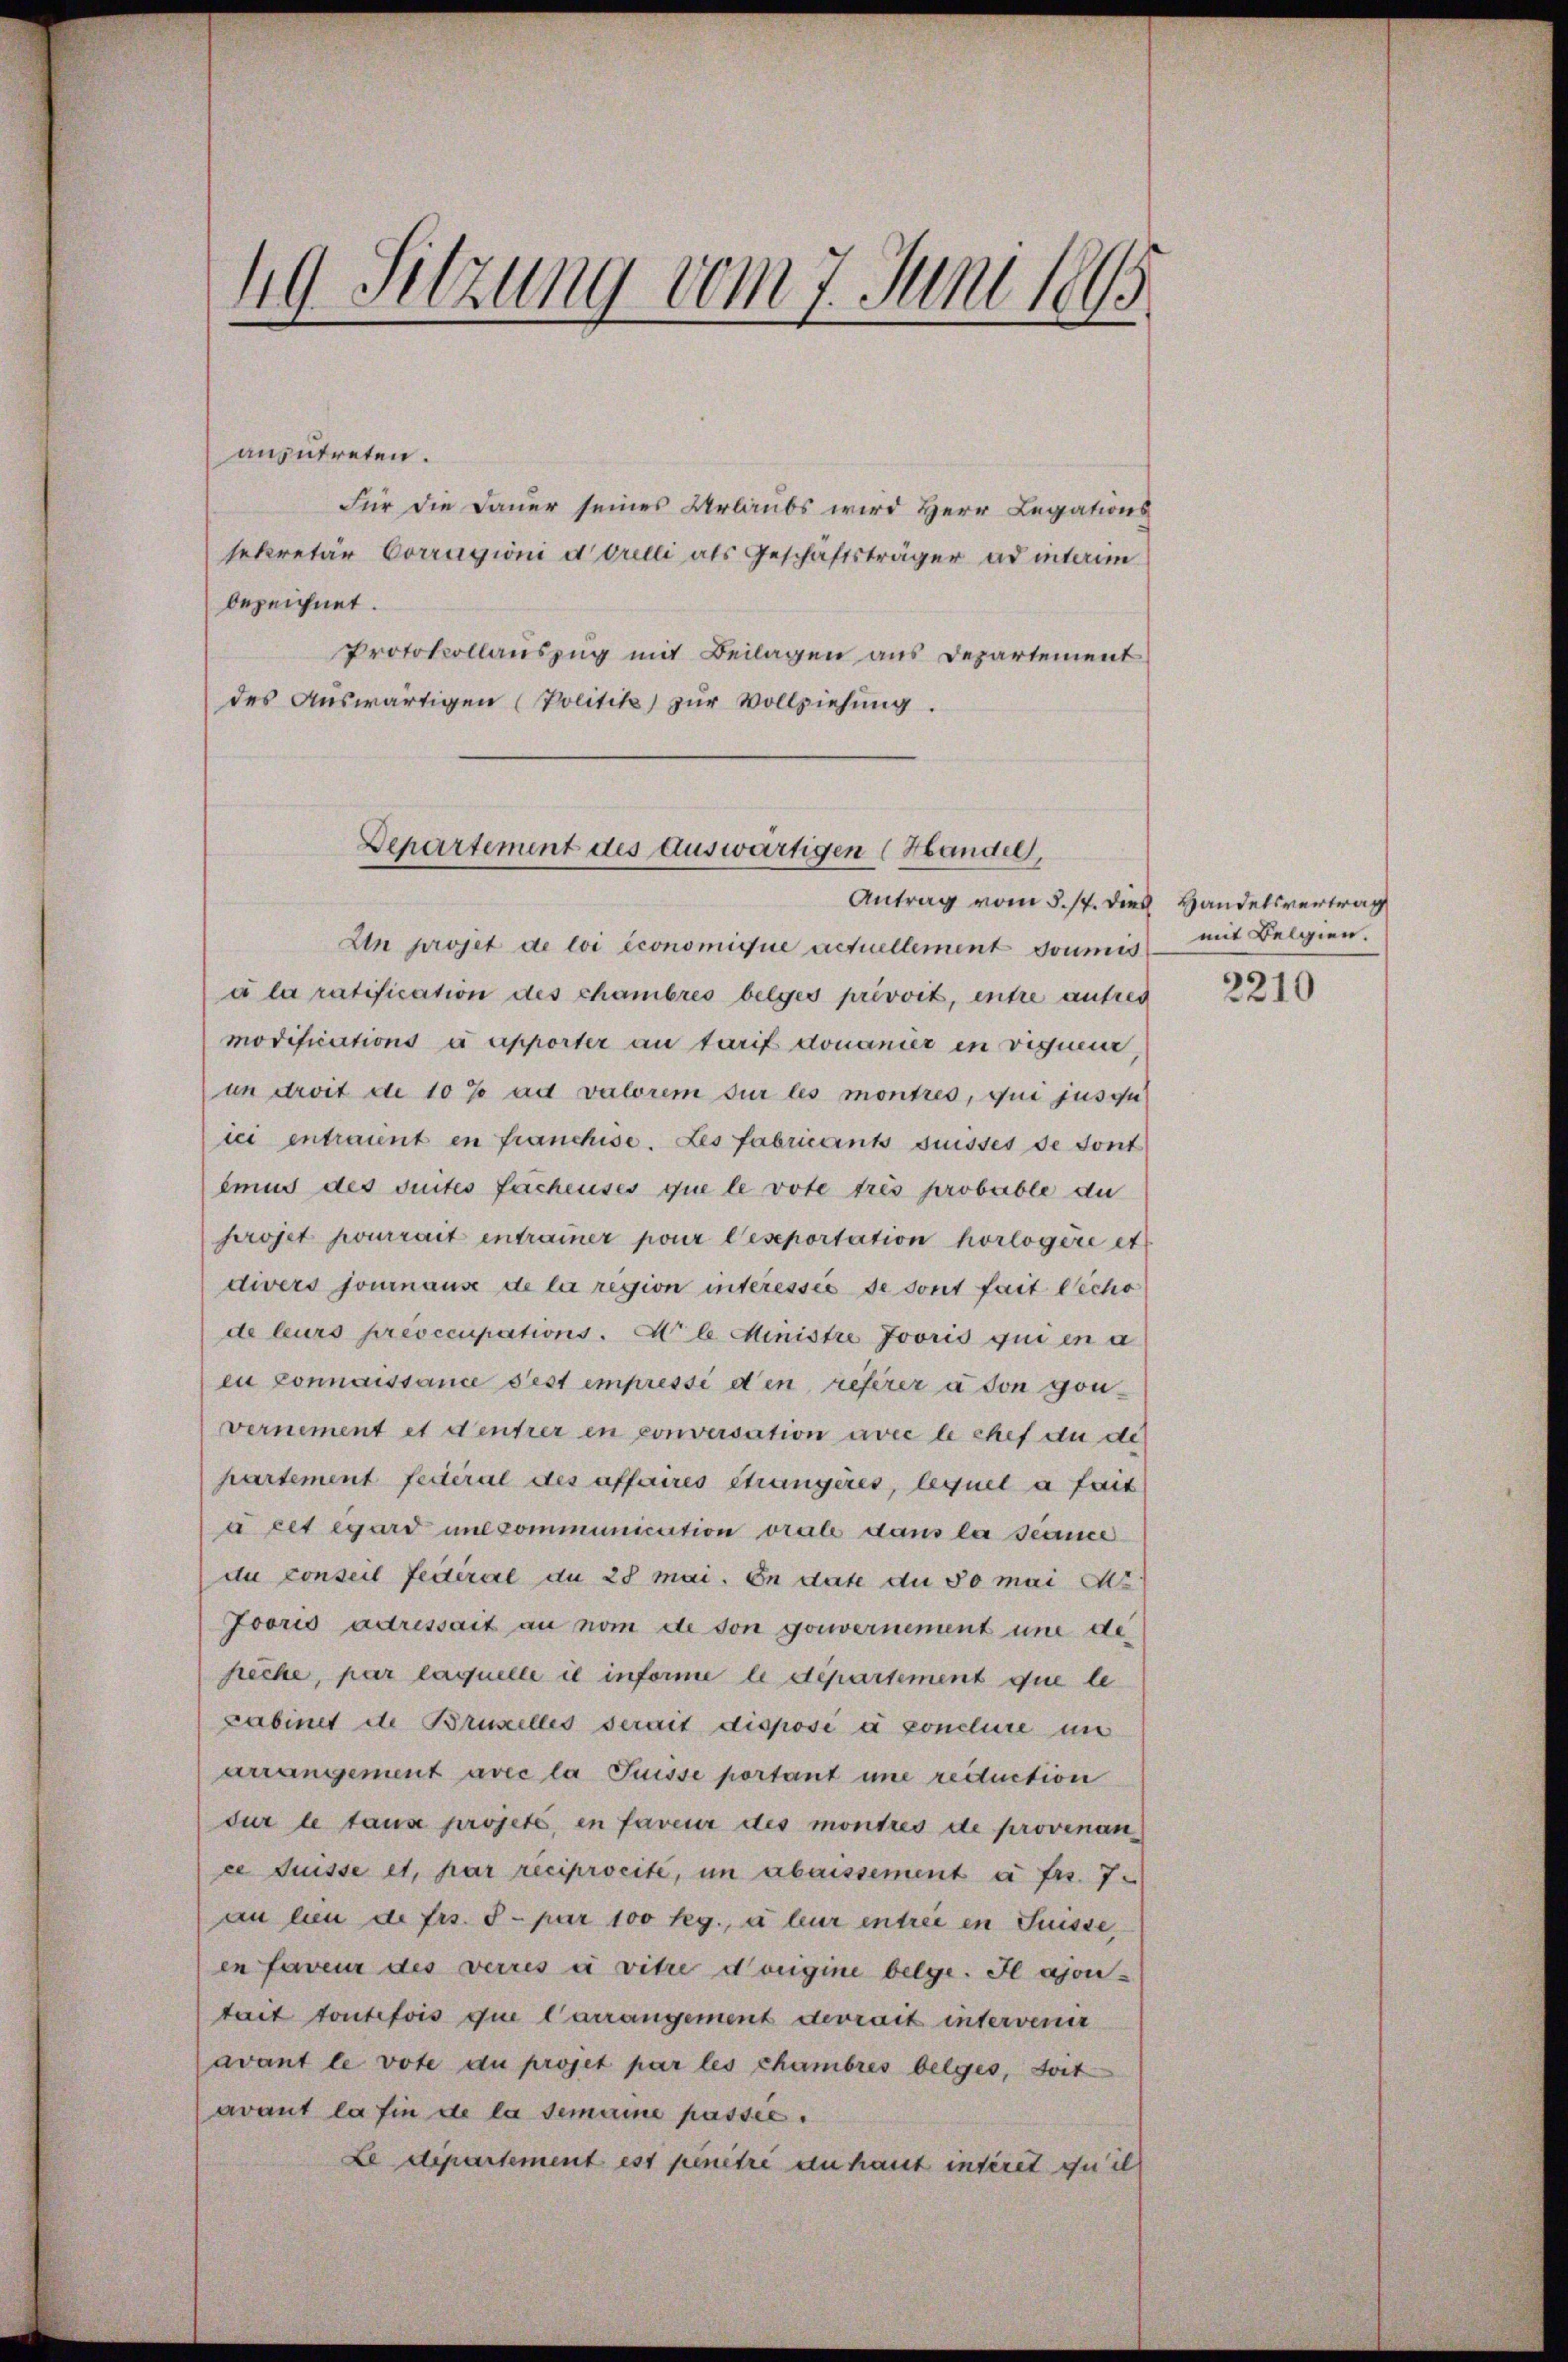
19 Setzung vom 7. Juni 1895

anzutreten.
Für die Dauer seines Urlaubs wird Herr Legations
sekretär Corragioni d. Orelli als Geschäftsträger ad interim
bezeichnet.
Protokollauszug mit Beilagen aus Departement
des Auswärtigen (Politik zur Vollziehung.

Departement des Auswärtigen (Handel,

Un projet de loi économique actuellement soumis mit Belgien.
a la ratification des chambres belges privvit, entre autrei
modifications à apporter an tarif donanier in vigueur,
un droit de 10% ad valorem sur les montres, qui jusqu
ici entraint en franchise. Les fabricants suisses de sont
emus des suites fachenses que le vote trés probable du
hrojet pourrait entrainer pour leseportation horlogère et
divers fournause de la region interessés de sont fait écho
de leurs préoccupations. A l Ministe Jooris qui en a
eu connaissance sest empressi den referer à son gonvernement et densrer en conversation avec le chef du de
partement festeral des affaires étrangères, lequel a fait
à cet égard une communication viale dans la seance
du conseil fédéral du 28 Mai. In date du so mai Ns.
Joorio adressait an nom de son gouvernement und de
secke, par laquelle il informe le departement que le
Cabinet die Brunelles serait disposi à conclure in
arrangement avec la Suisse portant une reduction
dur le tause projeté, en faveur des montres de provinance Frisse et, har reciprocité, im abaissement à fr. 7.
an lien de frs. 5. pr 100 Rg., à leur entrei in Suisse,
en faveur des verres à vitre dorigine beige. Il ajoutait toutefois que Carrangement devrait intervenir
avant le vote du projet par les chambres belges, soit
avant la fin de la semaine passée.
Le département est penitré du haus interet quill

Antrag vom 5. 17. dies Handelsvertrag

2210